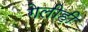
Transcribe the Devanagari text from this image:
गेलीही